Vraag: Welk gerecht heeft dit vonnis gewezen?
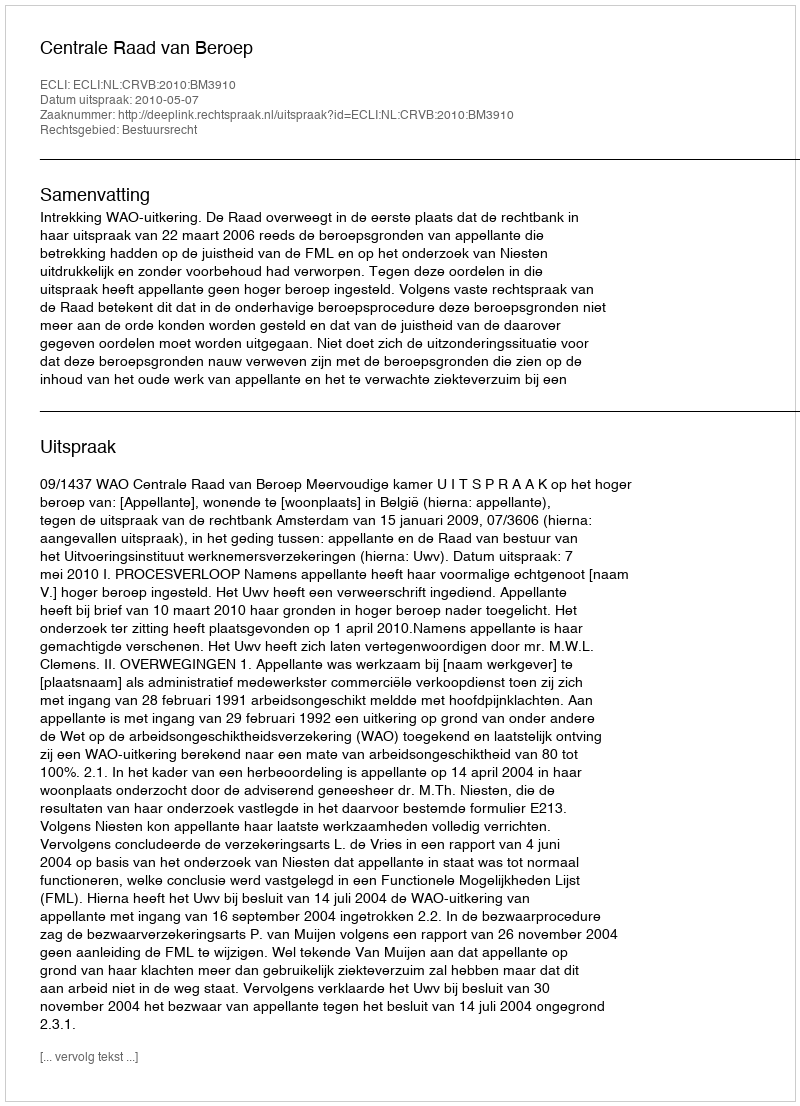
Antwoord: Centrale Raad van Beroep